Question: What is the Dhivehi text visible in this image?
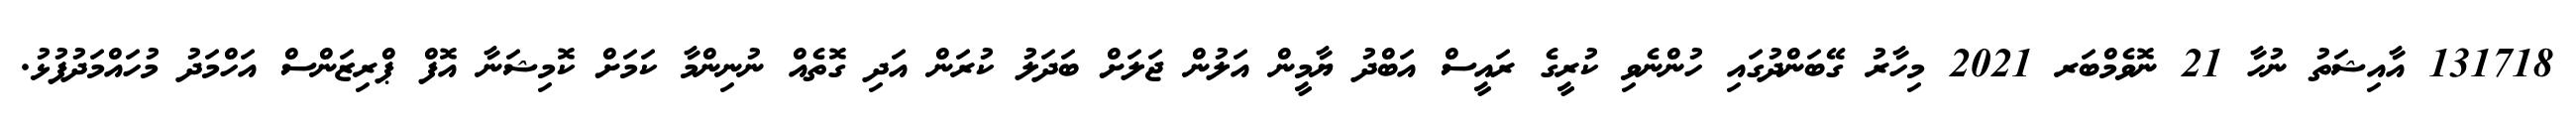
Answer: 131718 އާއިޝަތު ނުހާ 21 ނޮވެމްބަރ 2021 މިހާރު ގޭބަންދުގައި ހުންނެވި ކުރީގެ ރައީސް އަބްދު ޔާމީން އަލުން ޖަލަށް ބަދަލު ކުރަން އަދި ގޮތެއް ނުނިންމާ ކަމަށް ކޮމިޝަނާ އޮފް ޕްރިޒަންސް އަހްމަދު މުހައްމަދުފުޅު.